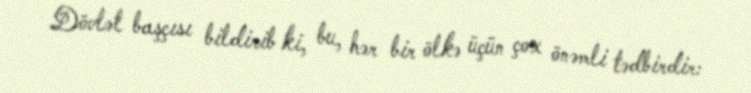
Dövlət başçısı bildirib ki, bu, hər bir ölkə üçün çox önəmli tədbirdir: